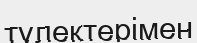
түлектерімен